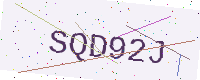
Text: SQD92J